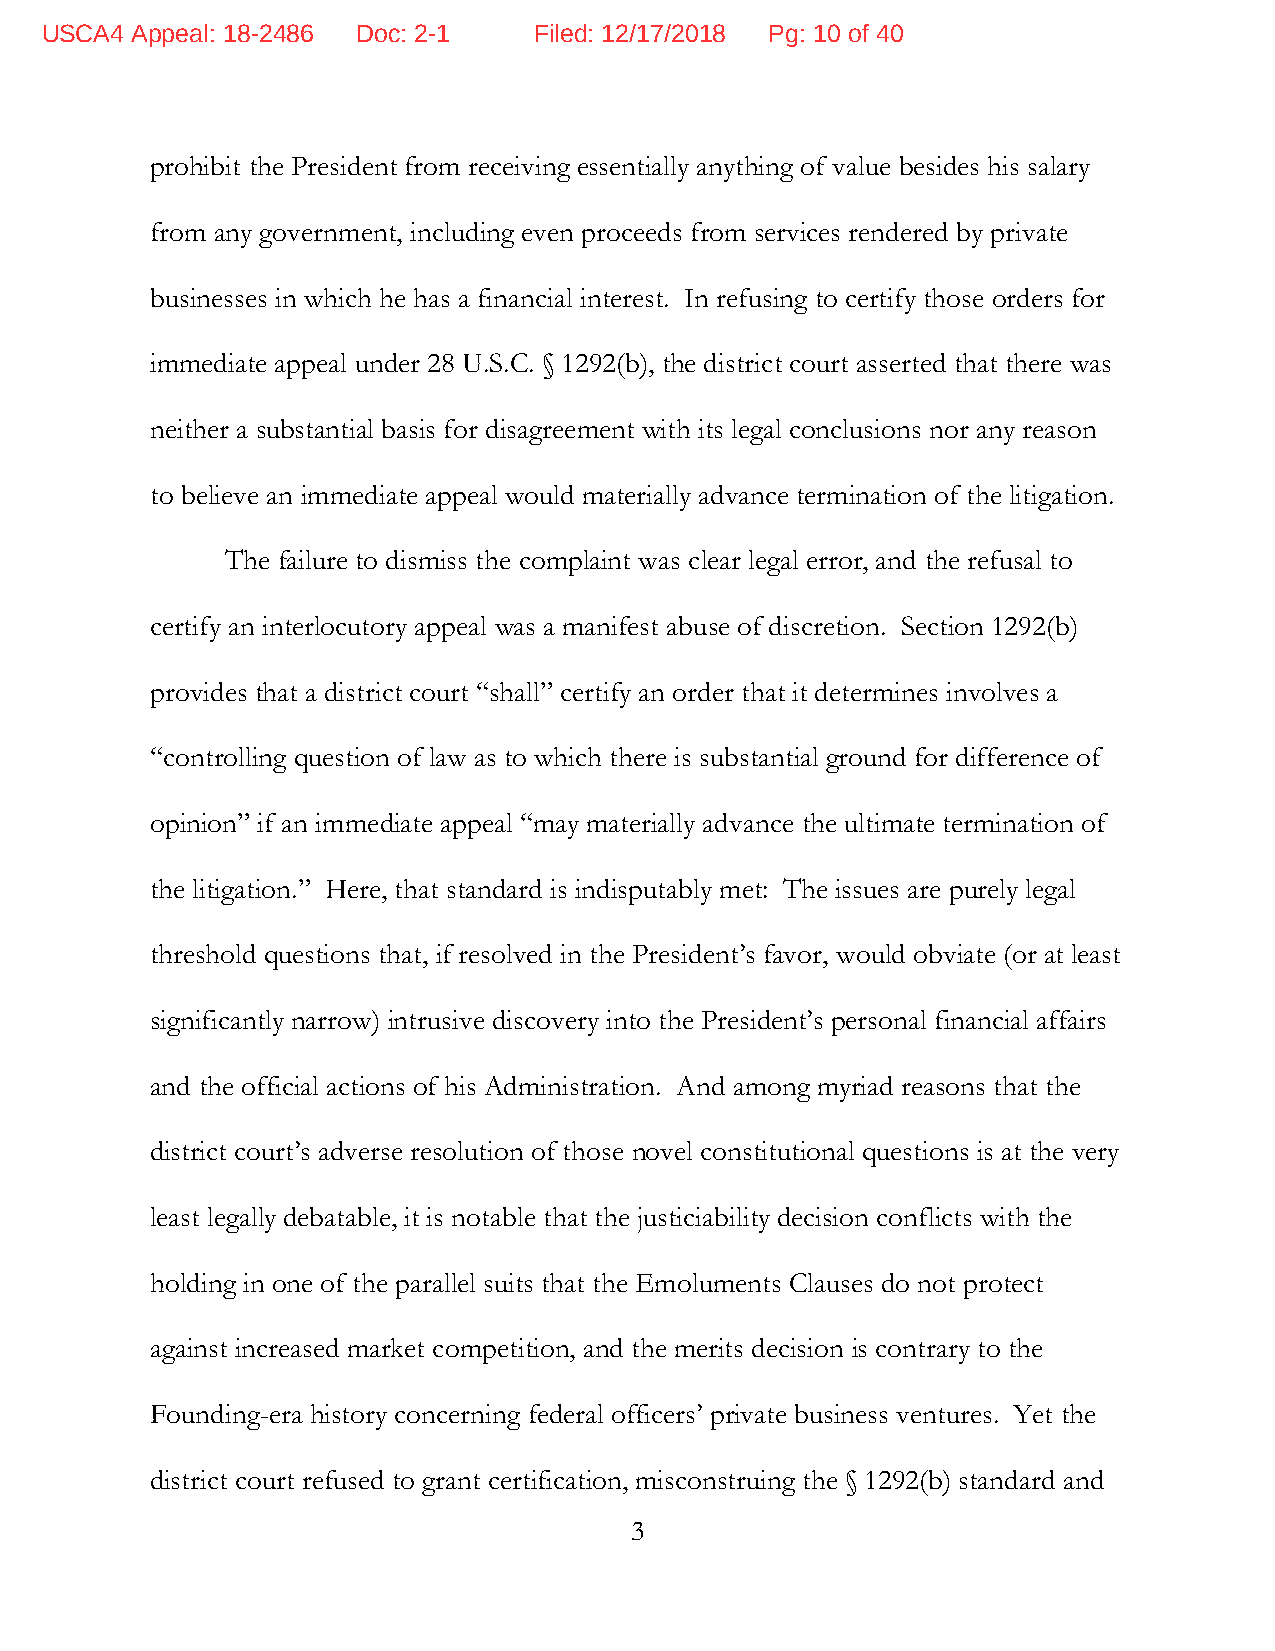
USCA4 Appeal: 18-2486 Doc: 2-1  Filed: 12/17/2018 Pg: 10 of 40
 prohibit the President from receiving essentially anything of value besides his salary
 from any government, including even proceeds from services rendered by private
 businesses in which he has a financial interest. In refusing to certify those orders for
 immediate appeal under 28 U.S.C. § 1292(b), the district court asserted that there was
 neither a substantial basis for disagreement with its legal conclusions nor any reason
 to believe an immediate appeal would materially advance termination of the litigation.
 The failure to dismiss the complaint was clear legal error, and the refusal to
 certify an interlocutory appeal was a manifest abuse of discretion. Section 1292(b)
 provides that a district court “shall” certify an order that it determines involves a
 “controlling question of law as to which there is substantial ground for difference of
 opinion” if an immediate appeal “may materially advance the ultimate termination of
 the litigation.” Here, that standard is indisputably met: The issues are purely legal
 threshold questions that, if resolved in the President’s favor, would obviate (or at least
 significantly narrow) intrusive discovery into the President’s personal financial affairs
 and the official actions of his Administration. And among myriad reasons that the
 district court’s adverse resolution of those novel constitutional questions is at the very
 least legally debatable, it is notable that the justiciability decision conflicts with the
 holding in one of the parallel suits that the Emoluments Clauses do not protect
 against increased market competition, and the merits decision is contrary to the
 Founding-era history concerning federal officers’ private business ventures. Yet the
 district court refused to grant certification, misconstruing the § 1292(b) standard and
 3